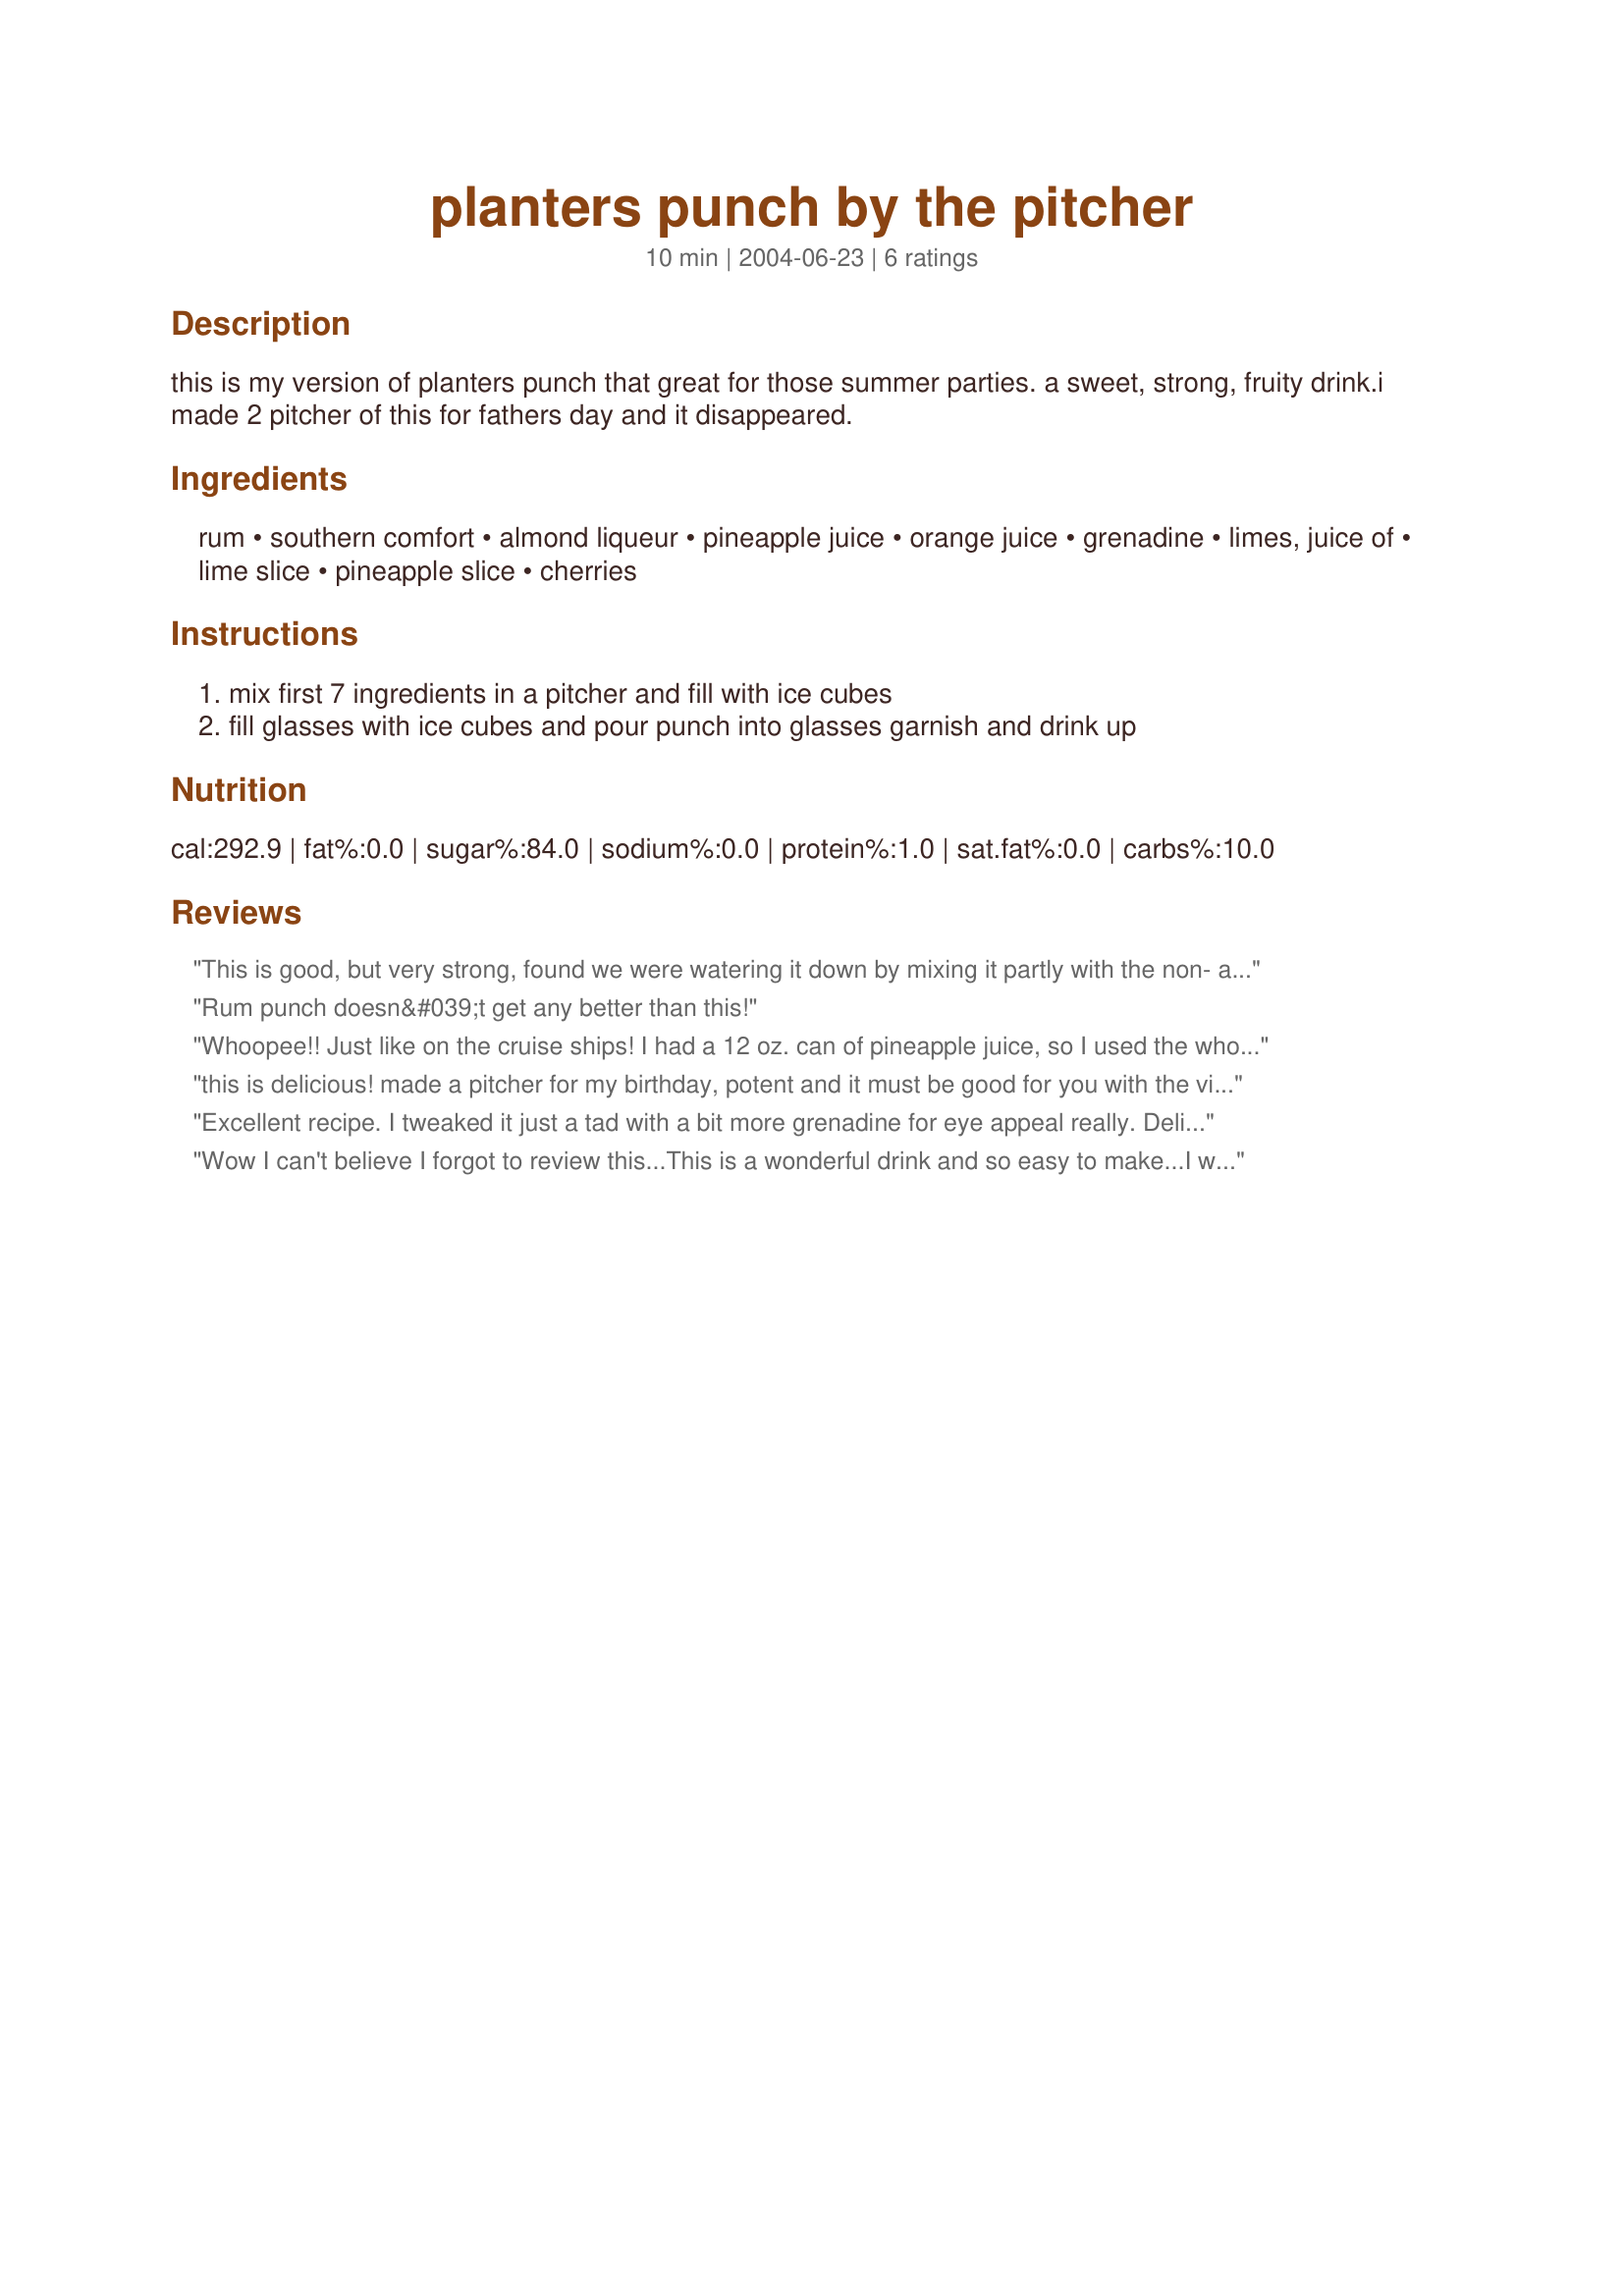
planters punch by the pitcher
Preparation time: 10 minutes

this is my version of planters punch that great for those summer parties. a sweet, strong, fruity drink.i made 2 pitcher of this for fathers day and it disappeared.

Ingredients:
rum, southern comfort, almond liqueur, pineapple juice, orange juice, grenadine, limes, juice of, lime slice, pineapple slice, cherries

Steps:
mix first 7 ingredients in a pitcher and fill with ice cubes, fill glasses with ice cubes and pour punch into glasses garnish and drink up

Reviews:
This is good, but very strong, found we were watering it down by mixing it partly with the non- alcoholic punch...
Rum punch doesn&#039;t get any better than this!
Whoopee!! Just like on the cruise ships! I had a 12 oz. can of pineapple juice, so I used the whole thing. And I only had 2 limes instead of 3, but they yielded a lot of juice. On the bottom of the glass I added a spoon of marachino cherry syrup and a cherry and stirred the whole concoction up. The leftovers were even better the next day since it seems the pineapple intensified. This was great!
this is delicious! made a pitcher for my birthday, potent and it must be good for you with the vitamin c from the juices, right?
Excellent recipe. I tweaked it just a tad with a bit more grenadine for eye appeal really. Delicious.
Wow I can't believe I forgot to review this...This is a wonderful drink and so easy to make...I will be making this for our annual euchre picnic as I bet it will be real popular...a must try
